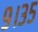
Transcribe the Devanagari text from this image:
९।३५